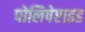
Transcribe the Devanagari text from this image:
पोलिपेप्टाइड